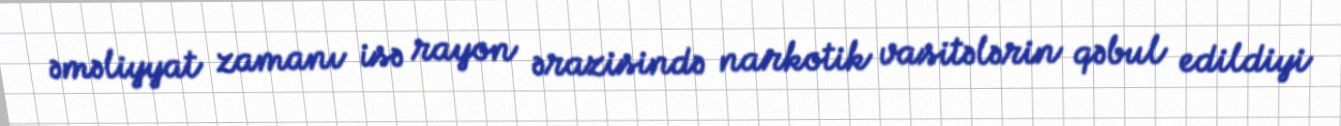
əməliyyat zamanı isə rayon ərazisində narkotik vasitələrin qəbul edildiyi